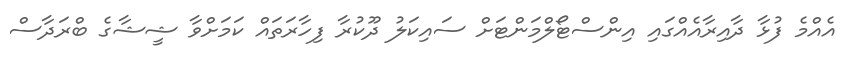
އެއްމެ ފުޅާ ދާއިރާއެއްގައި އިންސްޓޯލްމަންޓަށް ސައިކަލު ދޫކުރާ ފިހާރަތައް ކަމަށްވާ ޝީޝާގެ ބްރަދާސް